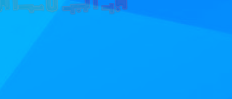
صيدلية الدواء فتح أبوابها